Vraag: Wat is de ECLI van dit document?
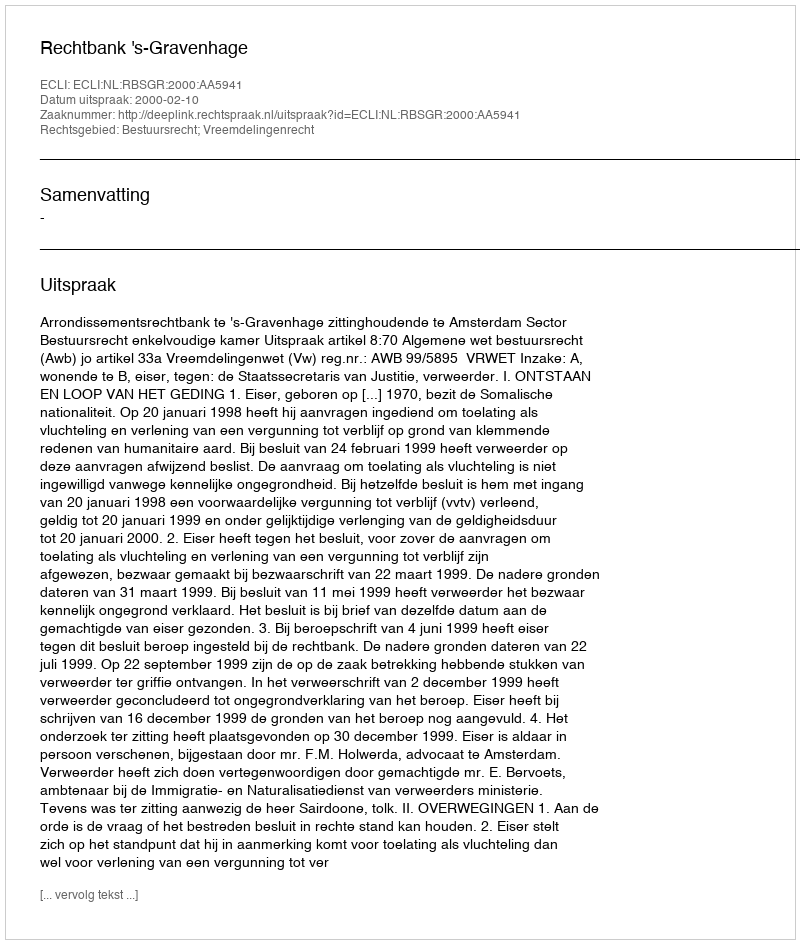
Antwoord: ECLI:NL:RBSGR:2000:AA5941